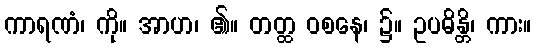
ကာရဏံ၊ ကို။ အာဟ၊ ၏။ တတ္ထ ဝစနေ၊ ၌။ ဥပဓိန္တိ၊ ကား။